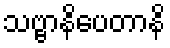
သဗ္ဗာနိပေတာနိ